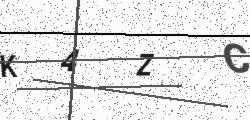
Text: K4ZC